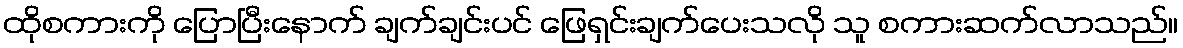
ထိုစကားကို ပြောပြီးနောက် ချက်ချင်းပင် ဖြေရှင်းချက်ပေးသလို သူ စကားဆက်လာသည်။